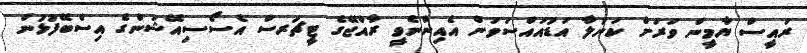
ރައީސް ޔާމީން ވަރަށް ކަނުލާ އަޑުއައްސަވަން އެއިންނެވީ ރާއްޖޭގެ ޓީޗަރސް އެސޯސިއޭޝަންގެ އިސްބޭފުޅުން